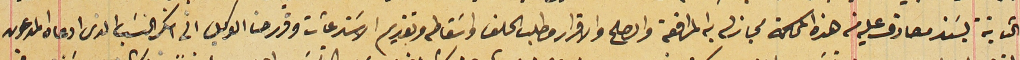
الثابتة بسَند مصادق عليه من هذه المحاكمة مجاز له به المرافعة والصلح والاقرار وطلب الحلف واسَقاطه وتقديم الاسَتدعآت وقرر حنا الوكيل الى انكر النسَب الذى ادعاه المدعون